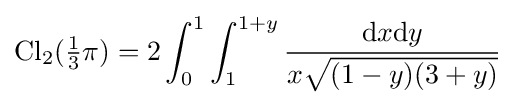
{\text{Cl}}_{2}({\tfrac {1}{3}}\pi )=2\int _{0}^{1}\int _{1}^{1+y}{\frac {\mathrm {d} x\mathrm {d} y}{x{\sqrt {(1-y)(3+y)}}}}